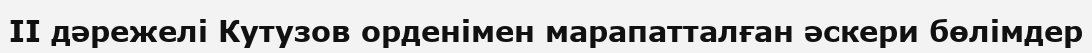
II дәрежелі Кутузов орденімен марапатталған әскери бөлімдер